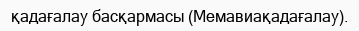
қадағалау басқармасы (Мемавиақадағалау).